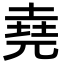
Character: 堯